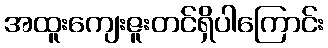
အထူးကျေးဇူးတင်ရှိပါကြောင်း